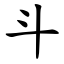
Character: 斗